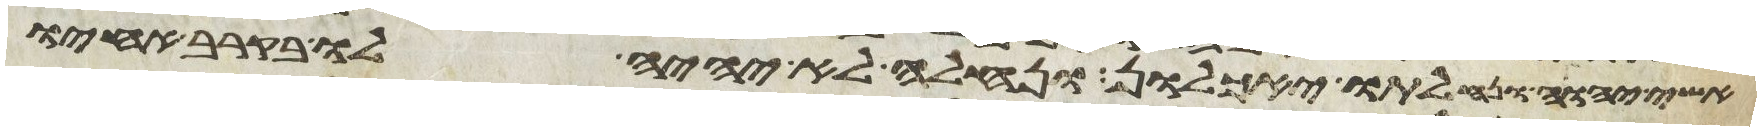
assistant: אשי יהוה ונחלתו יאכלון ונחלה לא יהיה לו בקרב אחיו